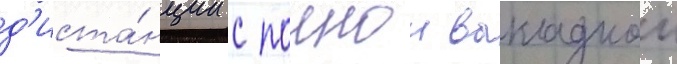
д'иста́нции с полнои выкладкои